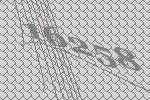
16258